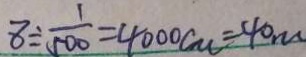
8 \div \frac { 1 } { 5 0 0 } = 4 0 0 0 c m = 4 0 m